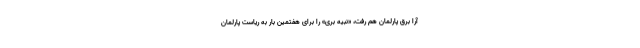
آرا برق پارلمان هم رفت، «نبیه بری» را برای هفتمین بار به ریاست پارلمان